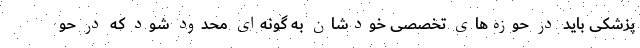
پزشکی باید در حوزه‌های تخصصی خودشان به گونه‌ای محدود شود که در حو